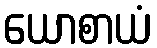
ယောစာယံ